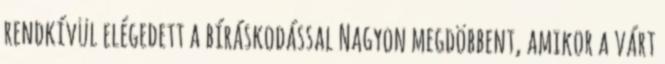
rendkívül elégedett a bíráskodással Nagyon megdöbbent, amikor a várt